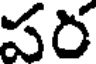
పర